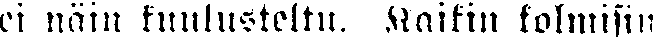
ei näin kuulusteltu. Kaikin kolmisin